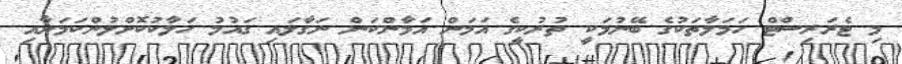
މި ޓެރަރިސްޓް ހަމަލާތަކުގެ ބޭނުމަކީ ތުރުކީގެ އަމަން އަމާންކަން ނަގާލައި ގައުމު ހަލާކުކޮށްލުންކަމަށާއި